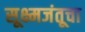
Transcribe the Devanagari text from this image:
सूक्ष्मजंतूचा